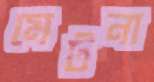
মেটনা